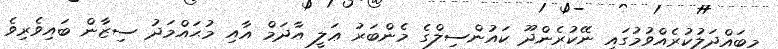
މިބައްދަލުކުރެއްވުމުގައި ނޭކުރެންދޫ ކައުންސިލްގެ މެންބަރު ޢަލީ އާދަމް އާއި މުޙައްމަދު ސިޒާން ބައިވެރިވެ